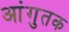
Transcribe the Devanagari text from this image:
आंगुतक